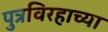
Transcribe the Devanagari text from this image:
पुत्रविरहाच्या